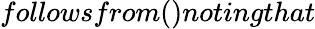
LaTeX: followsfrom()notingthat